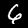
Digit: 6